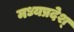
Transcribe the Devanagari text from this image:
मध्यप्रदेश्